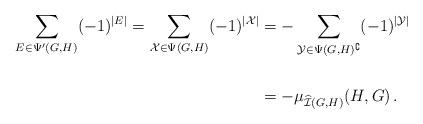
LaTeX: \begin{align*} \sum_{E\in\Psi'(G,H)}(-1)^{|E|} =\sum_{\mathcal{X}\in\Psi(G,H)}(-1)^{|\mathcal{X}|} & =-\sum_{\mathcal{Y}\in\Psi(G,H)^\complement}(-1)^{|\mathcal{Y}|} \\ \\& =-\mu_{\widehat{\mathcal{I}}(G,H)}(H,G)\,.\end{align*}